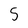
Character: 5